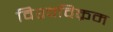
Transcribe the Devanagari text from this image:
विश्‍वविक्रम